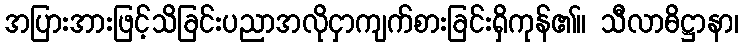
အပြားအားဖြင့်သိခြင်းပညာအလိုငှာကျက်စားခြင်းရှိကုန်၏။ သီလာဓိဋ္ဌာနာ၊